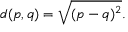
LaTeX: d ( p , q ) = { \sqrt { ( p - q ) ^ { 2 } } } .